Tezpur Lunatic Asylum reports 1895-1904 - 1895-1904
Year: 1895
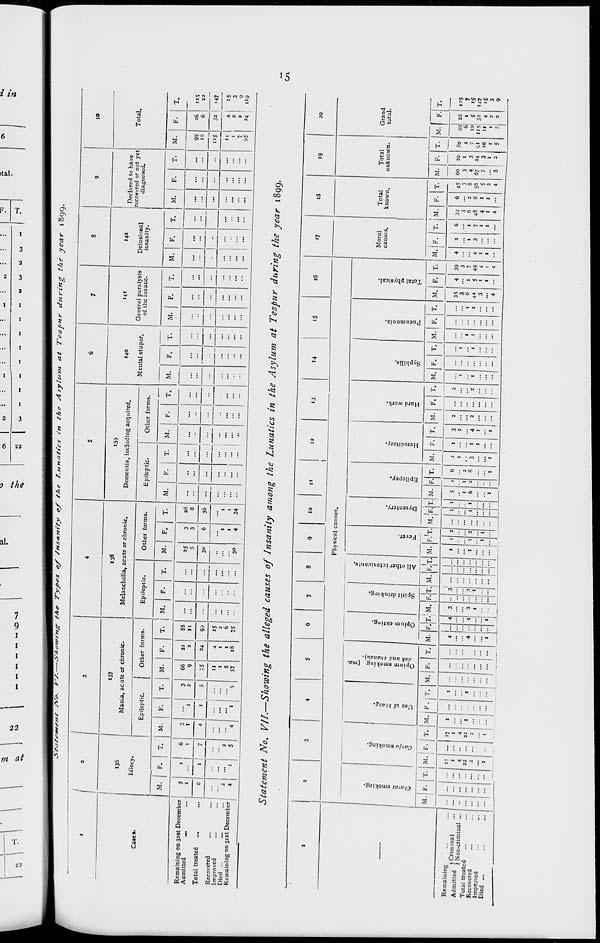
to
O
P
=5-
; «
o
♦4.
^~SsrS£-tTTimf SVo. ■HS5!^«T^'/r e/" "" *-«>*<**'•'* <» *** Asylum at Tezpnr during the year 1899.
I
/
1
3
4
5
6
7
S
9
10
136
Idiocy.
137
Mania, acute or chronic.
138
Melancholia, acute or chronic.
139
Dementia, including acquired.
140
Mental stupor.
141
General paralysis
of the insane.
142
Delusional
insanity.
Declared to have
rtcorered or not yet
diagnosed.
Total.
Case*.
Epileptic.
Other forms.
Epileptic.
Other forms.
Epileptic.
Other forms.
M. IF. 1 T. M. F.
T.
M.
F.
T.
M.
F.
T.
M.
F.
T.
M.
F.
T.
M.
F.
T.
M.
F.
T.
M.
F.
T.
M.
F.
T.
M.
F.
T.
M.
F.
T.
Remaining on 31st December
Admitted
...
5
1
I
6
1
3
I
1
3
2
66
9
22
2
88
11
...
25
5
3
3
6
2S
s
...
...
...
...
...
...
...
—1—
...
...
...
...
...
...
99
16
26
6
135
22
Total treated
...
6
I
7
4
1
5
75
24
9?
30
30
36
...
...
...
...
...
...
...
"5
32 | 147
Recovered
Improved
Died ...
~
... j
Remaining on 31st December '
2
4
1
2
5
4
1
5
11
1
5
57
4
I
I
18
iS
2
6
75
...
1
1
4
I
I
34
...
...
-..
...
...
...
...
...
...
...
=
11
1
7
95
4
2
2
24
15
3
9
119
Statement No. VII.—Showing the alleged causes of Insanity among the Lunatics in the Asylum at Tezpur during the year 1899.
Cn
I
2
3
4
5
6
7
8
9
10
11
12
1
13
14
iS
16
17
18
19
20
Physical causes.
M
!
* a
a
5
M
(1 1
Moral
Total
Total
Grand
M
O
1
5
5
0
£
— c
€.§
£^
CO-3
b re
.5 •»
DO
re 0
£
"E.
B
M
c
-a
'0.
c
i
>
c
u
Q.
a.
re
u
M
O
•S
-a
a
IS
a.
e
0
S
9
re
i?
a.
re
0
causes.
known.
unknown.
total.
0
Q
D
1
O ~
O
CO
<
b.
Q
W
a;
X
CO
tit
H
M. F. T. M. F. T. M. P.JT.
1
M. F.
T. M. K.
1
T. M. F. T. M. F.
1
T. M.
i
F.'T. M. IF.
i
T. M. F. T. M. F. T. M. F. T. M. F. T. M. F .IT. M. F. T. M. F. IT. M. F. T. M.
60
F.
20
T.
So
M.
F. T.
Remaining
,,;,,, (Criminal
Admitted < «.
• • ,
t Non-criminal ...
Total treated
17
«7
1
I
4
4 3
3
1
1 2
1 1
5 1 6
2
1
3
2
2
35
4 39
4
2
6 39
6 45
99 26
125
...
...
1
4
22
1
4
22
1
I
...
4
4 3
3
1
1 2
...
1 1
1
6
1
1
2
8
1
3
1
1
4
2
...
2
...
1
1
1
1
••
1
1
3
6
44
1
5
3
7
49
4
I
3
1
7
3
6
48
8
3
8
S6
3
4
67
1
3
34
4
7
51
6
10
"5
1
S
32
7
«S
147
Recovered
...
2
2
I
1
... ...
...
...
1
1
... ... ...
... ... ••
...
3
1
4
I
...
1
4
1
5
V
3
10
II
4
iS
Improved
...
...
1 1 ... ... ...
... ...
... ... ... ... ... ...
... ••
... ...
1
I
I
1
I
1
2
...
I
I
1
2
3
Died ...
... ... ...
1
I
".'•
...
-
•• ...
1
1
"1
1
I
I
1
...
4
4
4
4
3
2
5
7 3
9